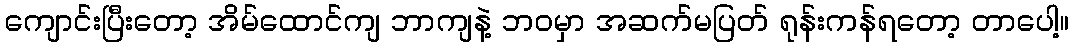
ကျောင်းပြီးတော့ အိမ်ထောင်ကျ ဘာကျနဲ့ ဘဝမှာ အဆက်မပြတ် ရုန်းကန်ရတော့ တာပေါ့။